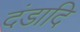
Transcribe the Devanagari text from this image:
दंडादि